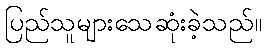
ပြည်သူများသေဆုံးခဲ့သည်။